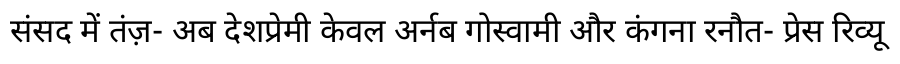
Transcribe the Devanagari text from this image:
संसद में तंज़- अब देशप्रेमी केवल अर्नब गोस्वामी और कंगना रनौत- प्रेस रिव्यू